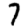
Digit: 7